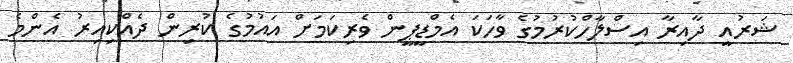
ޝަރުއީ ދާއިރާ އިސްލާހްކުރުމުގެ ވާހަކަ އެމްޑީޕީން ވެރިކަމަށް އައުމުގެ ކުރިން ދެއްކިއިރު އެންމެ